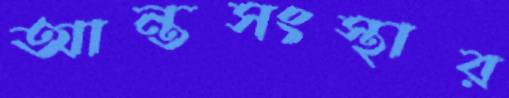
আন্তসংস্থার